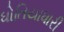
ધોતિયાધારી